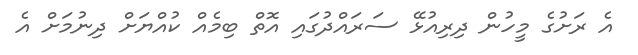
އެ ރަށުގެ މީހުން ދިރިއުޅޭ ސަރައްދުގައި އޮތް ބިމެއް ކުއްޔަށް ދިނުމަށް އެ